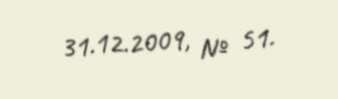
31.12.2009, № 51.